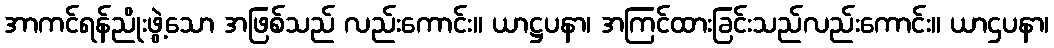
အာကင်ရန်ညိုးဖွဲ့သော အဖြစ်သည် လည်းကောင်း။ ယာဋ္ဌပနာ၊ အကြင်ထားခြင်းသည်လည်းကောင်း။ ယာဌပနာ၊